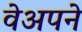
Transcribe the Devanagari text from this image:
वेअपने